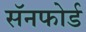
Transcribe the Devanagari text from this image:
सॅनफोर्ड